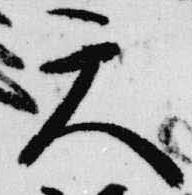
天